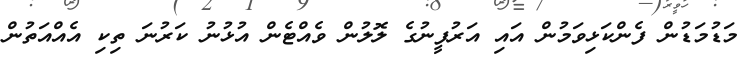
މަޑުމަޑުން ފެންކަޅިވަމުން އައި އަރުފީނުގެ ލޮލުން ވެއްޓެން އުޅުނު ކަރުނަ ތިކި އެއްއަތުން